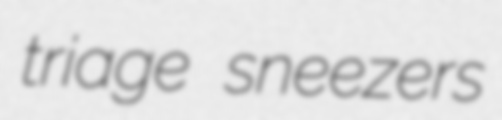
triage sneezers